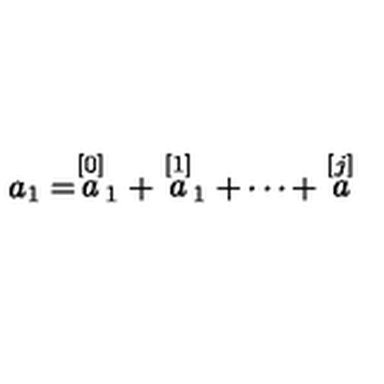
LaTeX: a _ { 1 } = \stackrel { [ 0 ] } { a } _ { 1 } + \stackrel { [ 1 ] } { a } _ { 1 } + \cdots + \stackrel { [ j ] } { a }